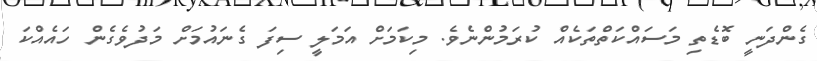
ގެންދަނީ ބޮޑެތި މަސައްކަތްތަކެއް ކުރަމުންނެވެ. މިކަމަށް އަމަލީ ސިފަ ގެނައުމަށް މަދުވެގެން ހައެއްކަ